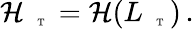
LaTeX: \begin{array}{r}{\mathcal{H}_{\mathrm{~\tiny~\textnormal~{~T~}~}}=\mathcal{H}(L_{\mathrm{~\tiny~\textnormal~{~T~}~}})\, .}\end{array}